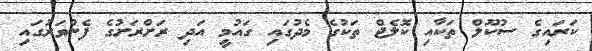
ކަރައިގެ ސުކޫލް ތަކާއި ކޮލެޖް ތަކުގެ މެދުގައި ގައުމީ އަދި ރަށްރަށުގެ ފެންވަރުގައި